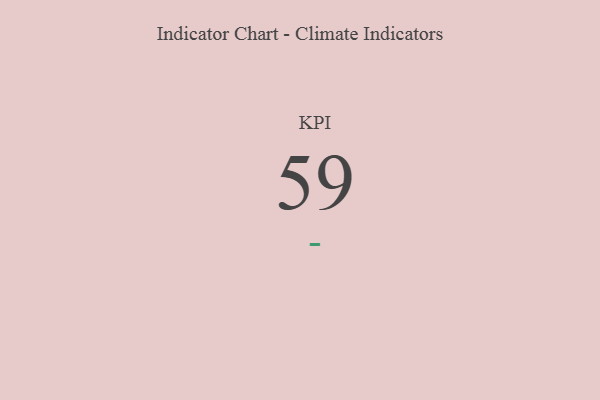
{"axis": {"x": "KPI", "y": "Value"}, "legend": [""], "data": [{"x": "KPI", "y": 59, "type": ""}]}